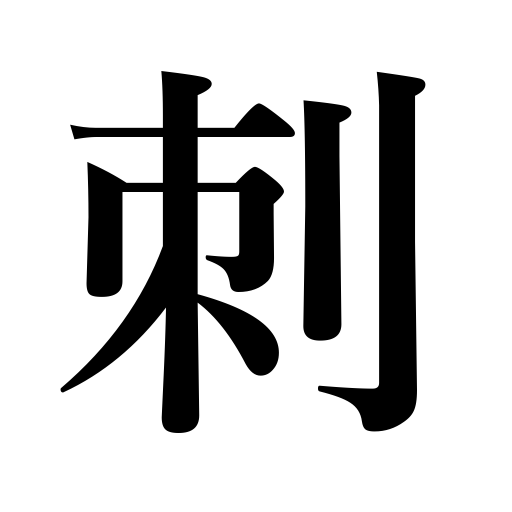
Meanings: pin down,be stuck,stitch,bite,stick,sew,sting,pierce,prick,stab,put a runner out,calling card,thrust,pole a boat